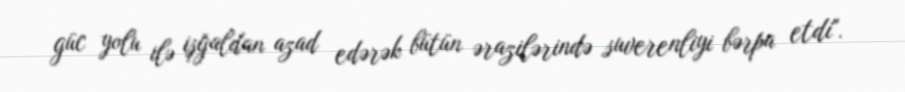
güc yolu ilə işğaldan azad edərək bütün ərazilərində suverenliyi bərpa etdi".